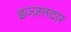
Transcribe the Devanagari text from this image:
इज्ज़तदार